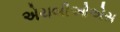
એચબીઓએસ